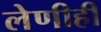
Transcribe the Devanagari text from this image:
लेणीही